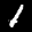
Label: 1